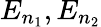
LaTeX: E_{n_{1}},E_{n_{2}}